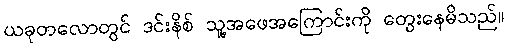
ယခုတလောတွင် ဒင်းနိစ် သူ့အဖေအကြောင်းကို တွေးနေမိသည်။